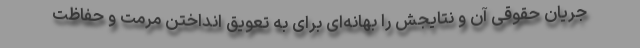
جریان حقوقی آن و نتایجش را بهانه‌ای برای به تعویق انداختن مرمت و حفاظت